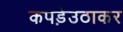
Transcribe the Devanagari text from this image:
कपड़ेउठाकर